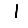
Digit: 1